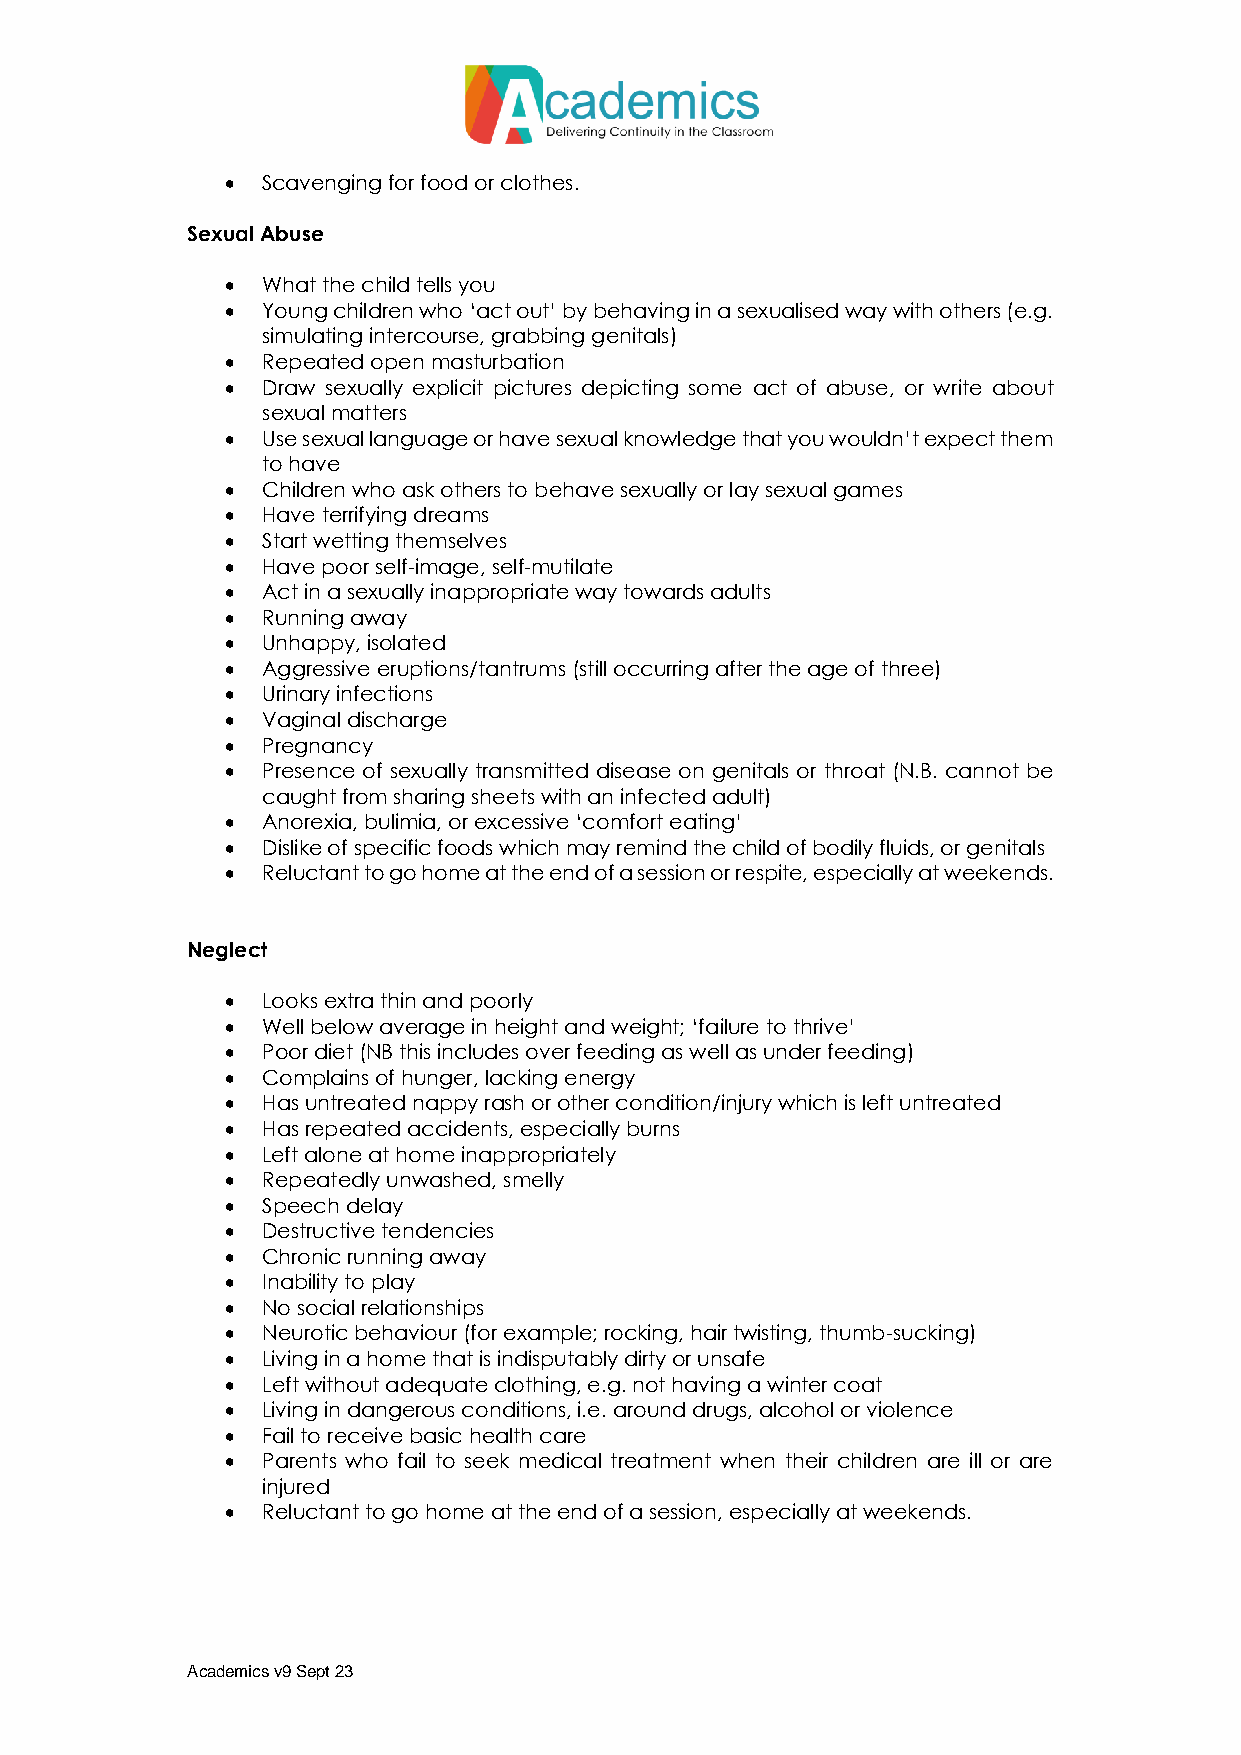
 Scavenging for food or clothes.
 Sexual Abuse
  What the child tells you
  Young children who ‘act out’ by behaving in a sexualised way with others (e.g.
 simulating intercourse, grabbing genitals)
  Repeated open masturbation
  Draw sexually explicit pictures depicting some act of abuse, or write about
 sexual matters
  Use sexual language or have sexual knowledge that you wouldn’t expect them
 to have
  Children who ask others to behave sexually or lay sexual games
  Have terrifying dreams
  Start wetting themselves
  Have poor self-image, self-mutilate
  Act in a sexually inappropriate way towards adults
  Running away
  Unhappy, isolated
  Aggressive eruptions/tantrums (still occurring after the age of three)
  Urinary infections
  Vaginal discharge
  Pregnancy
  Presence of sexually transmitted disease on genitals or throat (N.B. cannot be
 caught from sharing sheets with an infected adult)
  Anorexia, bulimia, or excessive ‘comfort eating’
  Dislike of specific foods which may remind the child of bodily fluids, or genitals
  Reluctant to go home at the end of a session or respite, especially at weekends.
 Neglect
  Looks extra thin and poorly
  Well below average in height and weight; ‘failure to thrive’
  Poor diet (NB this includes over feeding as well as under feeding)
  Complains of hunger, lacking energy
  Has untreated nappy rash or other condition/injury which is left untreated
  Has repeated accidents, especially burns
  Left alone at home inappropriately
  Repeatedly unwashed, smelly
  Speech delay
  Destructive tendencies
  Chronic running away
  Inability to play
  No social relationships
  Neurotic behaviour (for example; rocking, hair twisting, thumb-sucking)
  Living in a home that is indisputably dirty or unsafe
  Left without adequate clothing, e.g. not having a winter coat
  Living in dangerous conditions, i.e. around drugs, alcohol or violence
  Fail to receive basic health care
  Parents who fail to seek medical treatment when their children are ill or are
 injured
  Reluctant to go home at the end of a session, especially at weekends.
 Academics v9 Sept 23